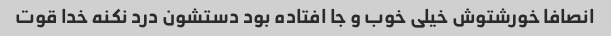
انصافا خورشتوش خیلی خوب و جا افتاده بود دستشون درد نکنه خدا قوت